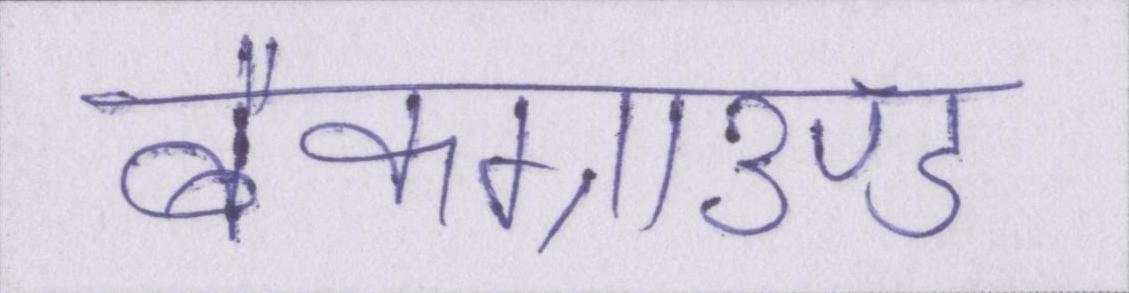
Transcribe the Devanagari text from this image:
बैकग्राउण्ड